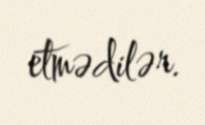
etmədilər.